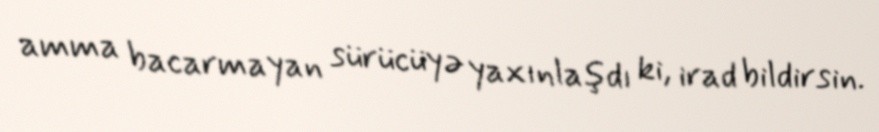
amma bacarmayan sürücüyə yaxınlaşdı ki, irad bildirsin.